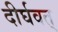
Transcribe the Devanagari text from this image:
दीर्घवत्